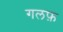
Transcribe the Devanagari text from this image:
गलफ़